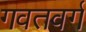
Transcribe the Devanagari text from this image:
गवतवर्ग